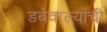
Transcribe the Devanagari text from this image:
डबेवाल्यांची